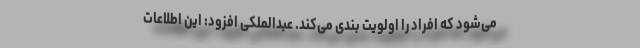
می‌شود که افراد را اولویت بندی می‌کند. عبدالملکی افزود: این اطلاعات